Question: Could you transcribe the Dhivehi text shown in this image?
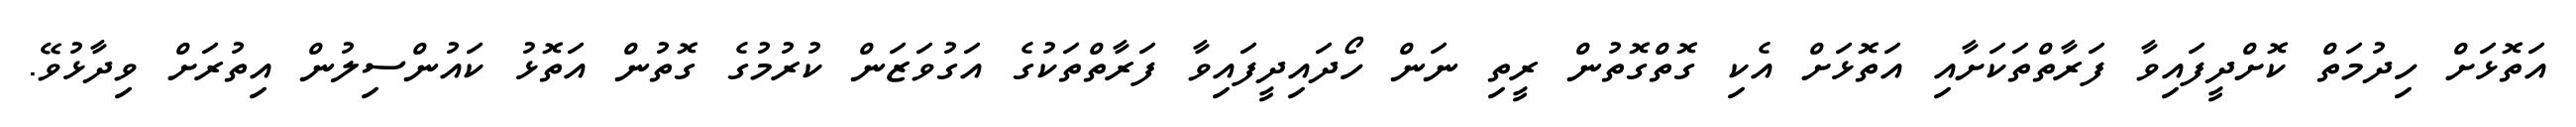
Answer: އަތޮޅަށް ހިދުމަތް ކޮށްދީފައިވާ ފަރާތްތަކަށާއި އަތޮޅަށް އެކި ގޮތްގޮތުން ރީތި ނަން ހޯދައިދީފައިވާ ފަރާތްތަކުގެ އަގުވަޒަން ކުރުމުގެ ގޮތުން އަތޮޅު ކައުންސިލުން އިތުރަށް ވިދާޅުވޭ.